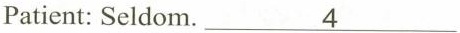
Patient: Seldom.\underline{4}